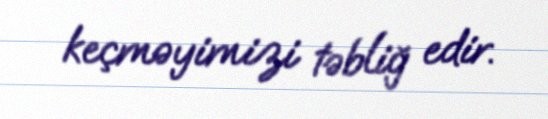
keçməyimizi təbliğ edir.